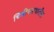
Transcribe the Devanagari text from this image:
चित्रीकरणातील